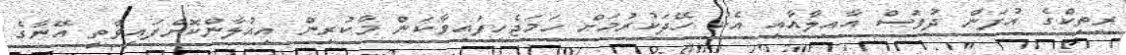
ރިތިކްގެ އުފަން ދުވަސް އާއިލާއާއި އެކު ހޭދަކުރުމަށް ހަމަޖެހިފައިވާކަން މާކުރިން އިއުލާންކޮށްފައިވާތީ އޭނާގެ